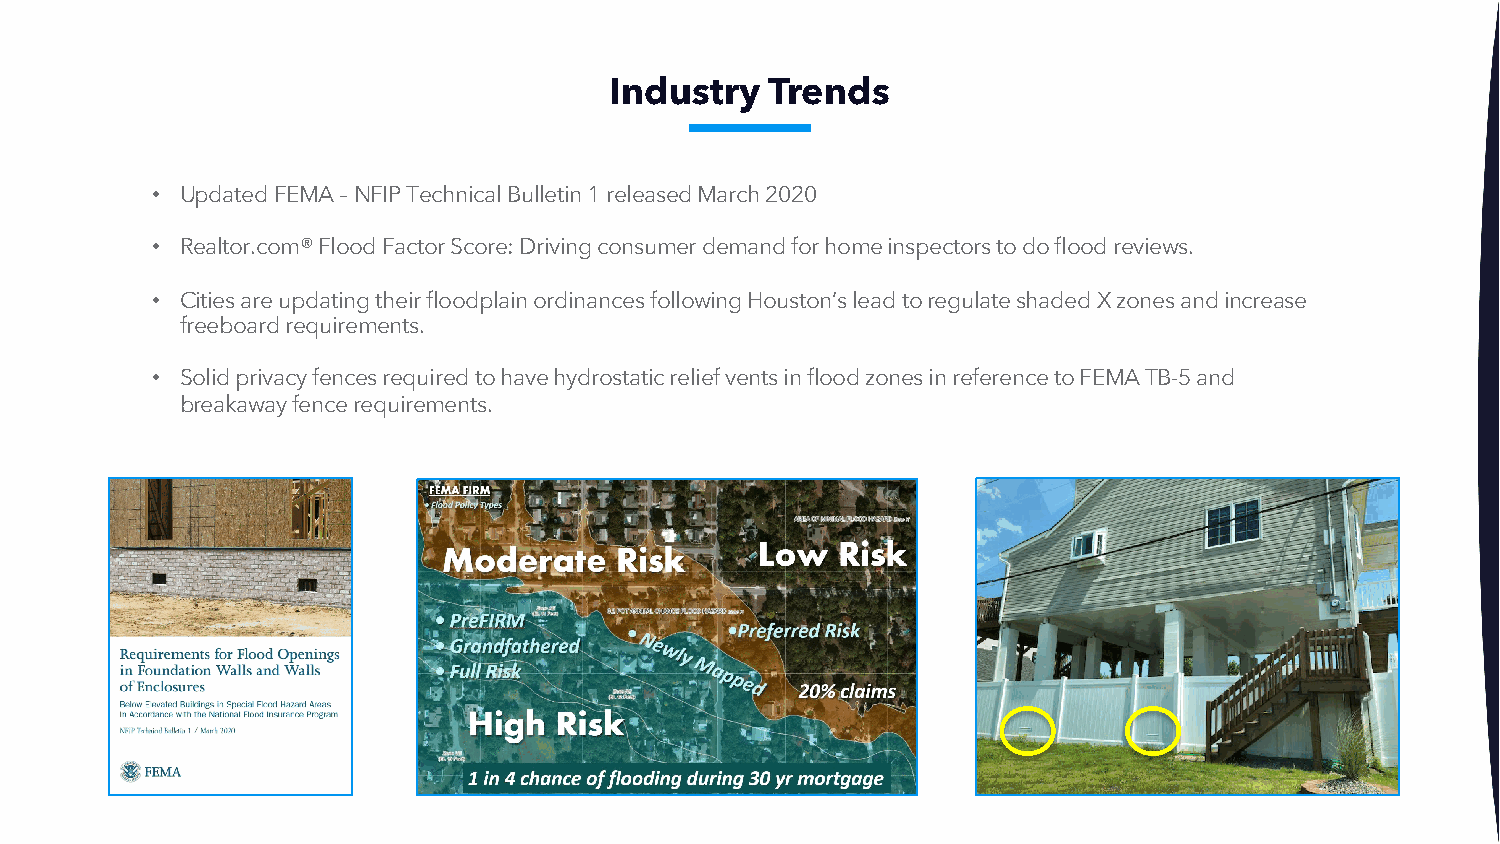
Industry   Trends
 • Updated FEMA –NFIP Technical Bulletin 1 released March 2020
 • Realtor.com® Flood Factor Score: Driving consumer demand for home inspectors to do flood reviews.
 • Cities are updating their floodplain ordinances following Houston’s lead to regulate shaded X zones and increase
 freeboard requirements.
 • Solid privacy fences required to have hydrostatic relief vents in flood zones in reference to FEMA TB-5 and
 breakaway fence requirements.